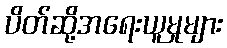
ပိတ်ဆို့အရေးယူမှုများ